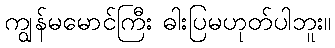
ကျွန်မမောင်ကြီး ဓါးပြမဟုတ်ပါဘူး။